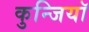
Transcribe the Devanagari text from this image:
कुन्जियाॅ